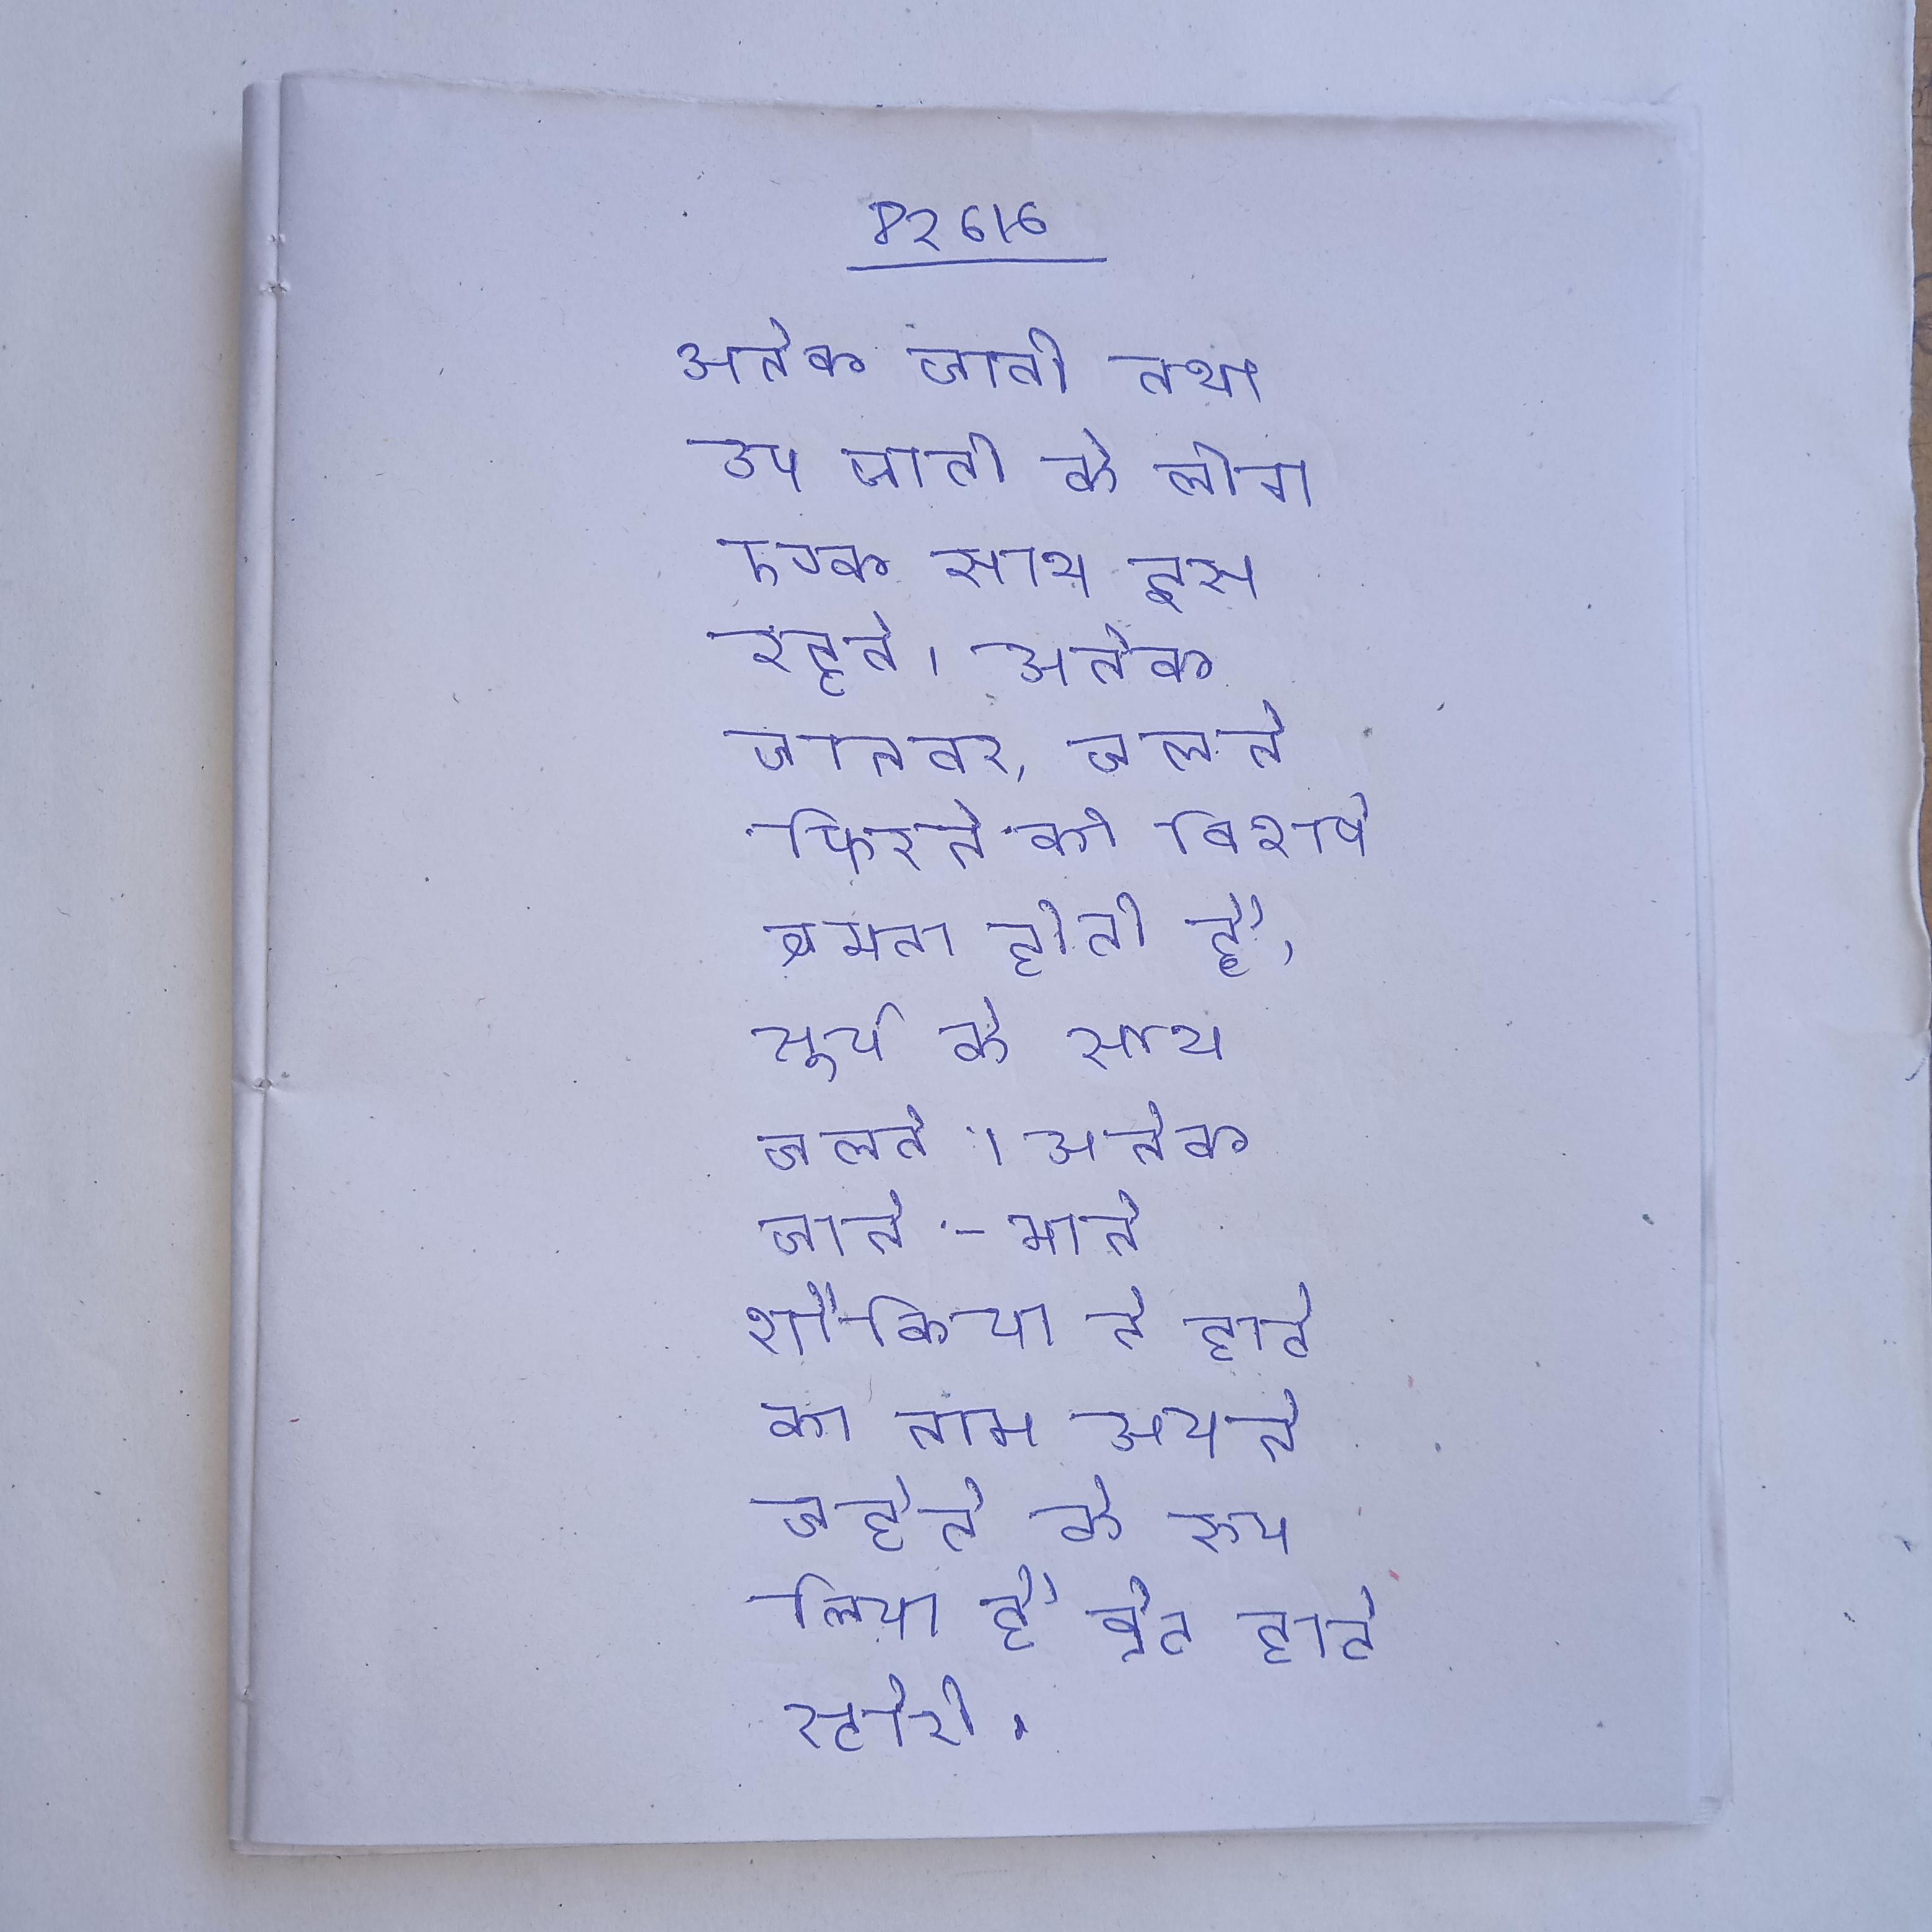
अनेक जाती तथा उप जाती के लोग एक साथ इस रहते । अनेक जानवर, चलने फिरने की विशेष क्षमता होती है, सूर्य के साथ चलते । अनेक जाने-माने शौकिया ने हार्ट का नाम अपने चहेते के रूप लिया है ब्रेट हार्ट स्टोरी .